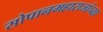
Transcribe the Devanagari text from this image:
सोपानमहाराजांच्या